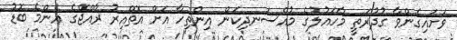
ވަށައިގެންވާ ގުދުރަތީ މާހައުލުގެ މުއްސަނދިކަން އިންތިހާ އަށް އޮތްއިރު ރާއްޖޭގެ އެންމެ ބޮޑު